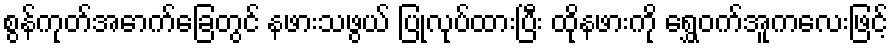
စွန်ကုတ်အောက်ခြေတွင် နဖားသဖွယ် ပြုလုပ်ထားပြီး ထိုနဖားကို ရွှေဝက်အူကလေးဖြင့်